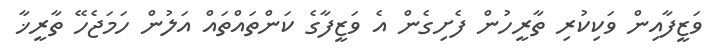
ވަޒީފާއިން ވަކިކުރި ތާރީހުން ފެށިގެން އެ ވަޒީފާގެ ކަންތައްތައް އަލުން ހަމަޖެހޭ ތާރީޚާ